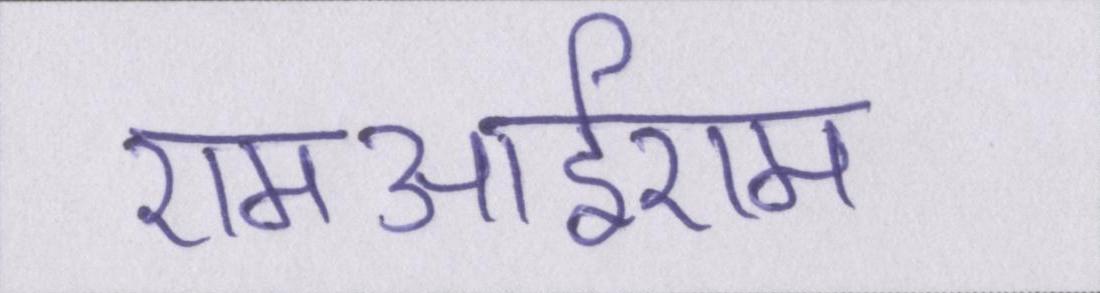
एमआईएम